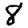
Digit: 8